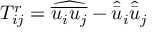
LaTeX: T _ { i j } ^ { r } = { \widehat { \overline { { u _ { i } u _ { j } } } } } - { \hat { \bar { u } } } _ { i } { \hat { \bar { u } } } _ { j }